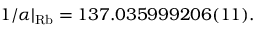
1 / \alpha | _ { \mathrm { R b } } = 1 3 7 . 0 3 5 9 9 9 2 0 6 ( 1 1 ) .